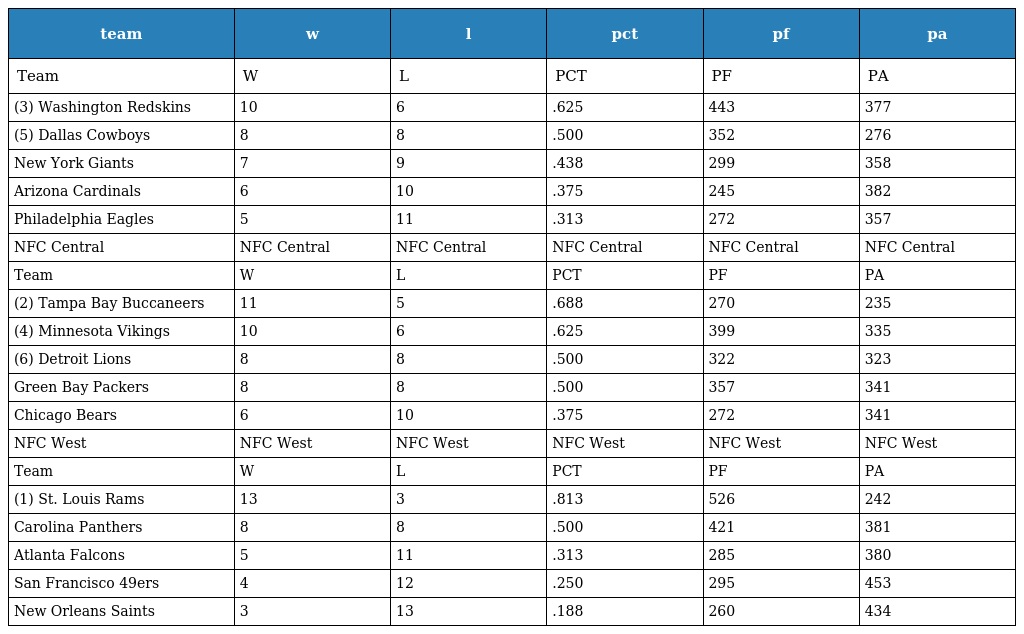
| team | w | l | pct | pf | pa |
 | --- | --- | --- | --- | --- | --- |
 | Team | W | L | PCT | PF | PA |
 | (3) Washington Redskins | 10 | 6 | .625 | 443 | 377 |
 | (5) Dallas Cowboys | 8 | 8 | .500 | 352 | 276 |
 | New York Giants | 7 | 9 | .438 | 299 | 358 |
 | Arizona Cardinals | 6 | 10 | .375 | 245 | 382 |
 | Philadelphia Eagles | 5 | 11 | .313 | 272 | 357 |
 | NFC Central | NFC Central | NFC Central | NFC Central | NFC Central | NFC Central |
 | Team | W | L | PCT | PF | PA |
 | (2) Tampa Bay Buccaneers | 11 | 5 | .688 | 270 | 235 |
 | (4) Minnesota Vikings | 10 | 6 | .625 | 399 | 335 |
 | (6) Detroit Lions | 8 | 8 | .500 | 322 | 323 |
 | Green Bay Packers | 8 | 8 | .500 | 357 | 341 |
 | Chicago Bears | 6 | 10 | .375 | 272 | 341 |
 | NFC West | NFC West | NFC West | NFC West | NFC West | NFC West |
 | Team | W | L | PCT | PF | PA |
 | (1) St. Louis Rams | 13 | 3 | .813 | 526 | 242 |
 | Carolina Panthers | 8 | 8 | .500 | 421 | 381 |
 | Atlanta Falcons | 5 | 11 | .313 | 285 | 380 |
 | San Francisco 49ers | 4 | 12 | .250 | 295 | 453 |
 | New Orleans Saints | 3 | 13 | .188 | 260 | 434 |